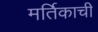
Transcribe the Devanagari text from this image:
मर्तिकाची